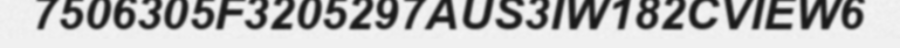
7506305F3205297AUS3IW182CVIEW6